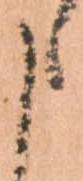
申